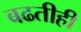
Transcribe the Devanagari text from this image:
बढतीही